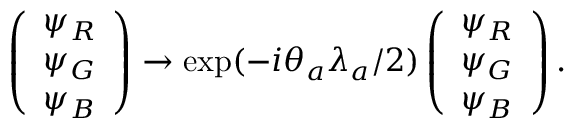
\left( \begin{array} { l } { { \psi _ { R } } } \\ { { \psi _ { G } } } \\ { { \psi _ { B } } } \end{array} \right) \rightarrow \exp ( - i \theta _ { a } \lambda _ { a } / 2 ) \left( \begin{array} { l } { { \psi _ { R } } } \\ { { \psi _ { G } } } \\ { { \psi _ { B } } } \end{array} \right) .